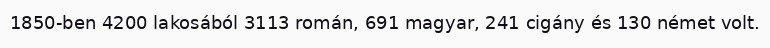
1850-ben 4200 lakosából 3113 román, 691 magyar, 241 cigány és 130 német volt.